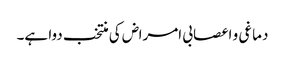
دماغی و اعصابی امراض کی منتخب دوا ہے۔